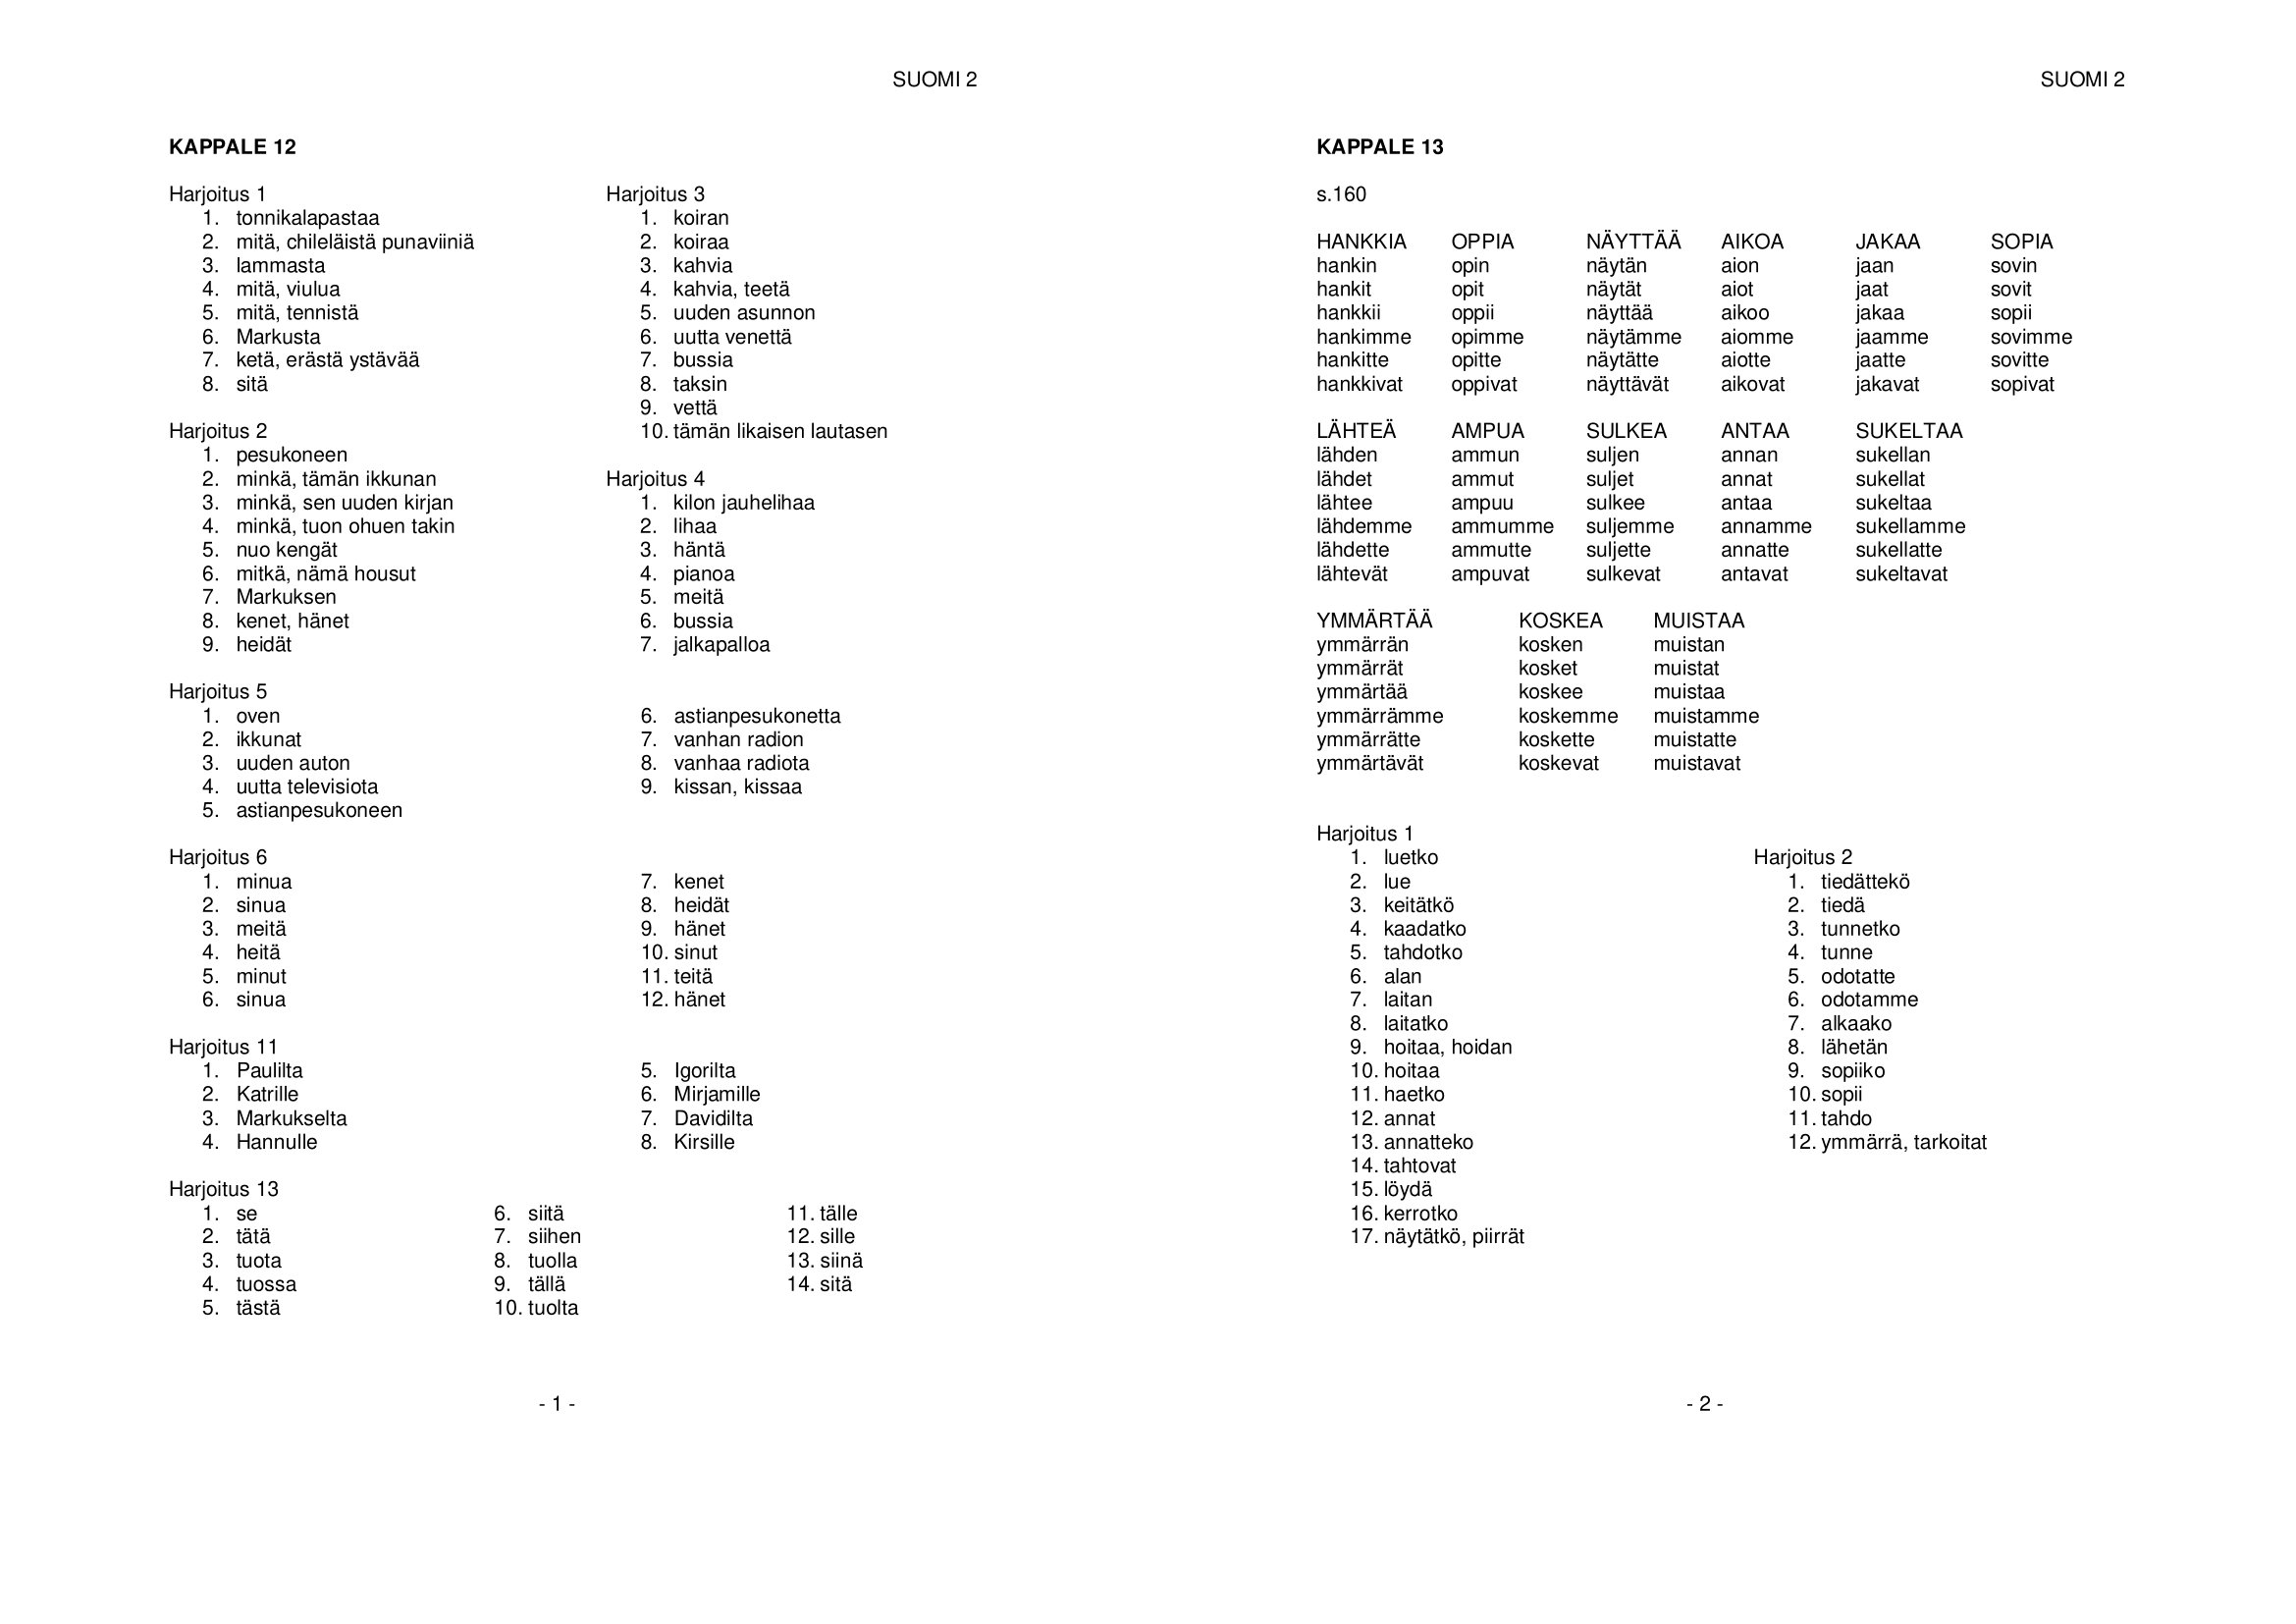
Language: fn